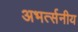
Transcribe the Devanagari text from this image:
अभर्त्सनीय